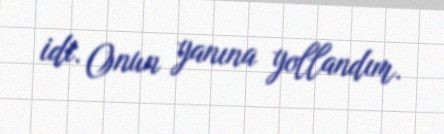
idi. Onun yanına yollandım.